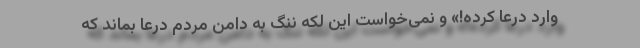
وارد درعا کرده!» و نمی‌خواست این لکه ننگ به دامن مردم درعا بماند که